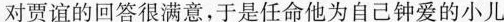
对贾谊的回答很满意，于是任命他为自己钟爱的小儿